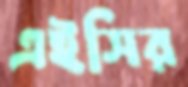
এইসির